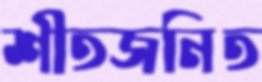
শীতজনিত